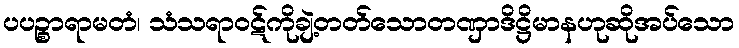
ပပဉ္စာရာမတံ၊ သံသရာဝဋ်ကိုချဲ့တတ်သောတဏှာဒိဋ္ဌိမာနဟုဆိုအပ်သော